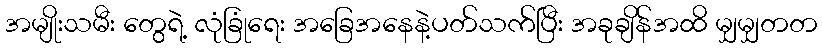
အမျိုးသမီး တွေရဲ့ လုံခြုံရေး အခြေအနေနဲ့ပတ်သက်ပြီး အခုချိန်အထိ မျှမျှတတ